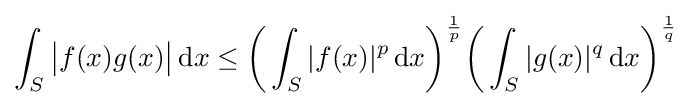
\int _{S}{\bigl |}f(x)g(x){\bigr |}\,\mathrm {d} x\leq {\biggl (}\int _{S}|f(x)|^{p}\,\mathrm {d} x{\biggr )}^{\frac {1}{p}}{\biggl (}\int _{S}|g(x)|^{q}\,\mathrm {d} x{\biggr )}^{\frac {1}{q}}